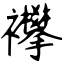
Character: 襻